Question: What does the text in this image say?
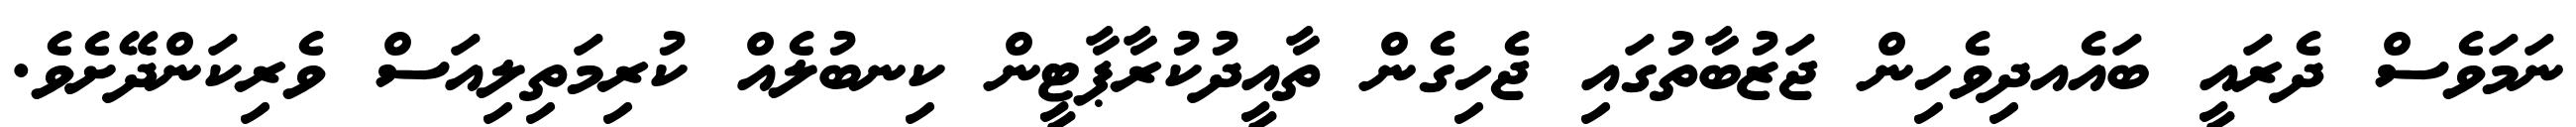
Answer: ނަމަވެސް ދެރައީ ބައެއދިވެހިން ޖަޒުބާތުގައި ޖެހިގެން ތާއީދުކުރާޕާޓީން ކިނބުލެއް ކުރިމަތިލިއަސް ވެރިކަންދޭށެވެ.